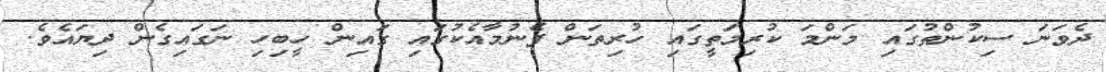
ދެވަނަ ސިކުންތުގައި މަންމަ ކުރިމަތީގައި ހުރިތަން ފެނުމާއެކުގައި ގައިން ހީބިހި ނަގައިގެން ދިޔައެވެ.